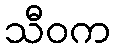
သီဝက